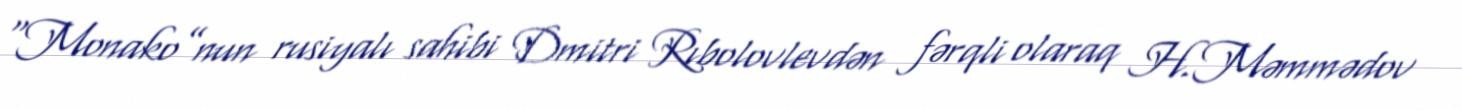
“Monako”nun rusiyalı sahibi Dmitri Rıbolovlevdən fərqli olaraq H.Məmmədov